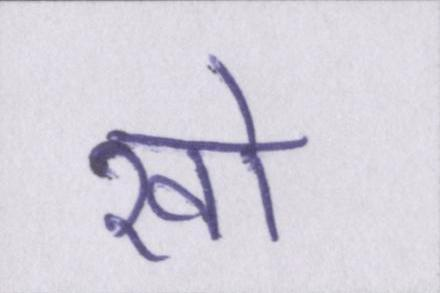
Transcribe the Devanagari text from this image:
खो